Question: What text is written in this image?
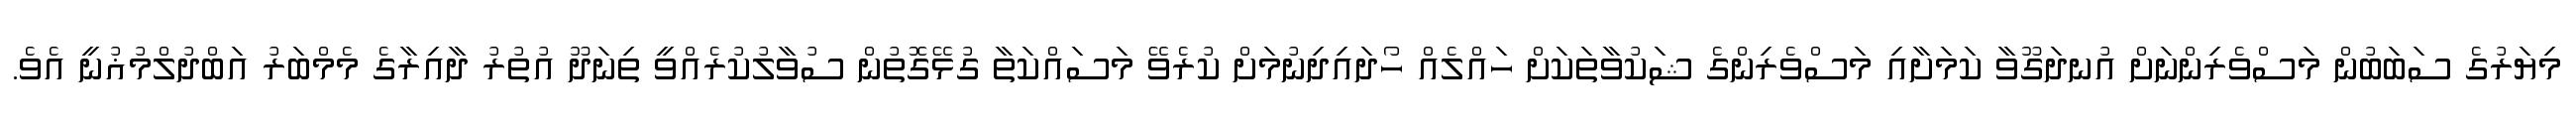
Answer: މިޔަރުގެ ސަބަބުން މަސްވެރިންނަށް އުނދަގޫވާ ކަމަށާއި މަސްވެރިންގެ ޝަކުވާތަކަށް ހައްލެއް ހޯދައިދިނުމަށް ކުރެވޭ މަސައްކަތާ ގުޅޭގޮތުން ސުވާލުކުރެއްވީ ތިނަދޫ އުތުރު ދާއިރާގެ މެމްބަރު އަބްދުލްމުޣުނީ އެވެ.